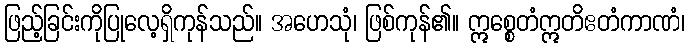
ဖြည့်ခြင်းကိုပြုလေ့ရှိကုန်သည်။ အဟေသုံ၊ ဖြစ်ကုန်၏။ ဣစ္စေတံဣတိဧတံကာဏံ၊